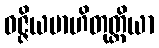
ဝဇ္ဇိယမာဟိတုတ္တိယာ